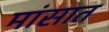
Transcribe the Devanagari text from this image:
मांसात